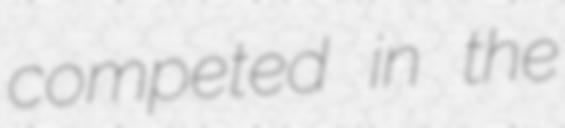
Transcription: competed in the